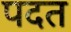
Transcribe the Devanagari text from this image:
पदत